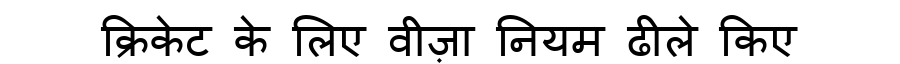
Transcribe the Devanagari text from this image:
क्रिकेट के लिए वीज़ा नियम ढीले किए